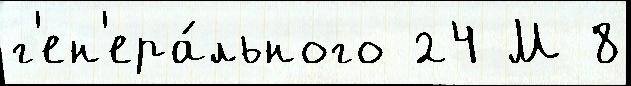
г'ен'ера́льного 24 М 8